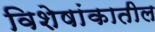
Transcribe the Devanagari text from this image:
विशेषांकातील